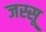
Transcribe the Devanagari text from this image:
जस्सू